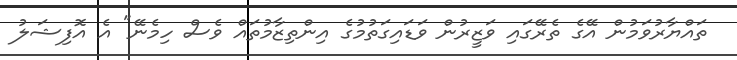
ތައްޔާރުވަމުން އޭގެ ތެރޭގައި ވަޒީރުން ވަޑައިގަތުމުގެ އިންތިޒާމުތައް ވެސް ހިމެނޭ" އެ އޮފިޝަލު